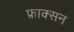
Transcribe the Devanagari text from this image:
फ्राक्सन